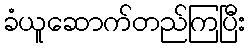
ခံယူဆောက်တည်ကြပြီး